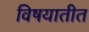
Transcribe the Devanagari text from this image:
विषयातीत